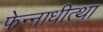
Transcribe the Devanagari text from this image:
फेन्नाधीत्था